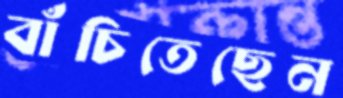
বাঁচিতেছেন